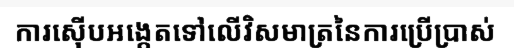
ការស៊ើបអង្កេតទៅលើវិសមាត្រនៃការប្រើប្រាស់